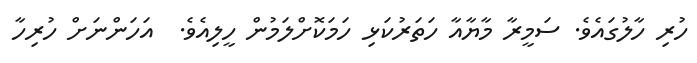
ހުރި ހާލުގައެވެ. ސަމީރާ މާޔާއާ ހަތަރުކަޅި ހަމަކޮށްލަމުން ހީލިއެވެ.  އަހަންނަށް ހުރިހާ